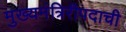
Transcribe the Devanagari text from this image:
मुख्यमंत्रिरीपदाची